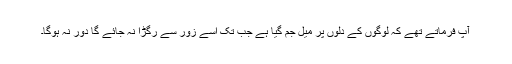
آپ فرماتے تھے کہ لوگوں کے دلوں پر میل جم گیا ہے جب تک اسے زور سے رگڑا نہ جائے گا دُور نہ ہوگا۔